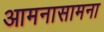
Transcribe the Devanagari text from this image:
आमनासामना